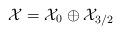
LaTeX: \begin{align*}{\cal X} = {\cal X}_0\oplus {\cal X}_{3/2}\end{align*}